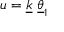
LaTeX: u = \underline { { { k } } } ~ \underline { { { \theta } } } _ { 1 }